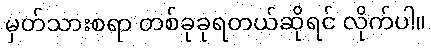
မှတ်သားစရာ တစ်ခုခုရတယ်ဆိုရင် လိုက်ပါ။